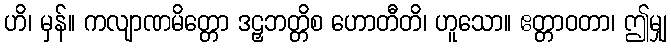
ဟိ၊ မှန်။ ကလျာဏမိတ္တော ဒဠှဘတ္တိစ ဟောတီတိ၊ ဟူသော။ ဧတ္တာဝတာ၊ ဤမျှ